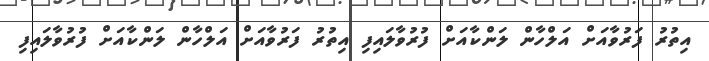
އިތުރު ފަރުވާއަށް އަލްހާން ލަންކާއަށް ފުރުވާލައިފި އިތުރު ފަރުވާއަށް އަލްހާން ލަންކާއަށް ފުރުވާލައިފި